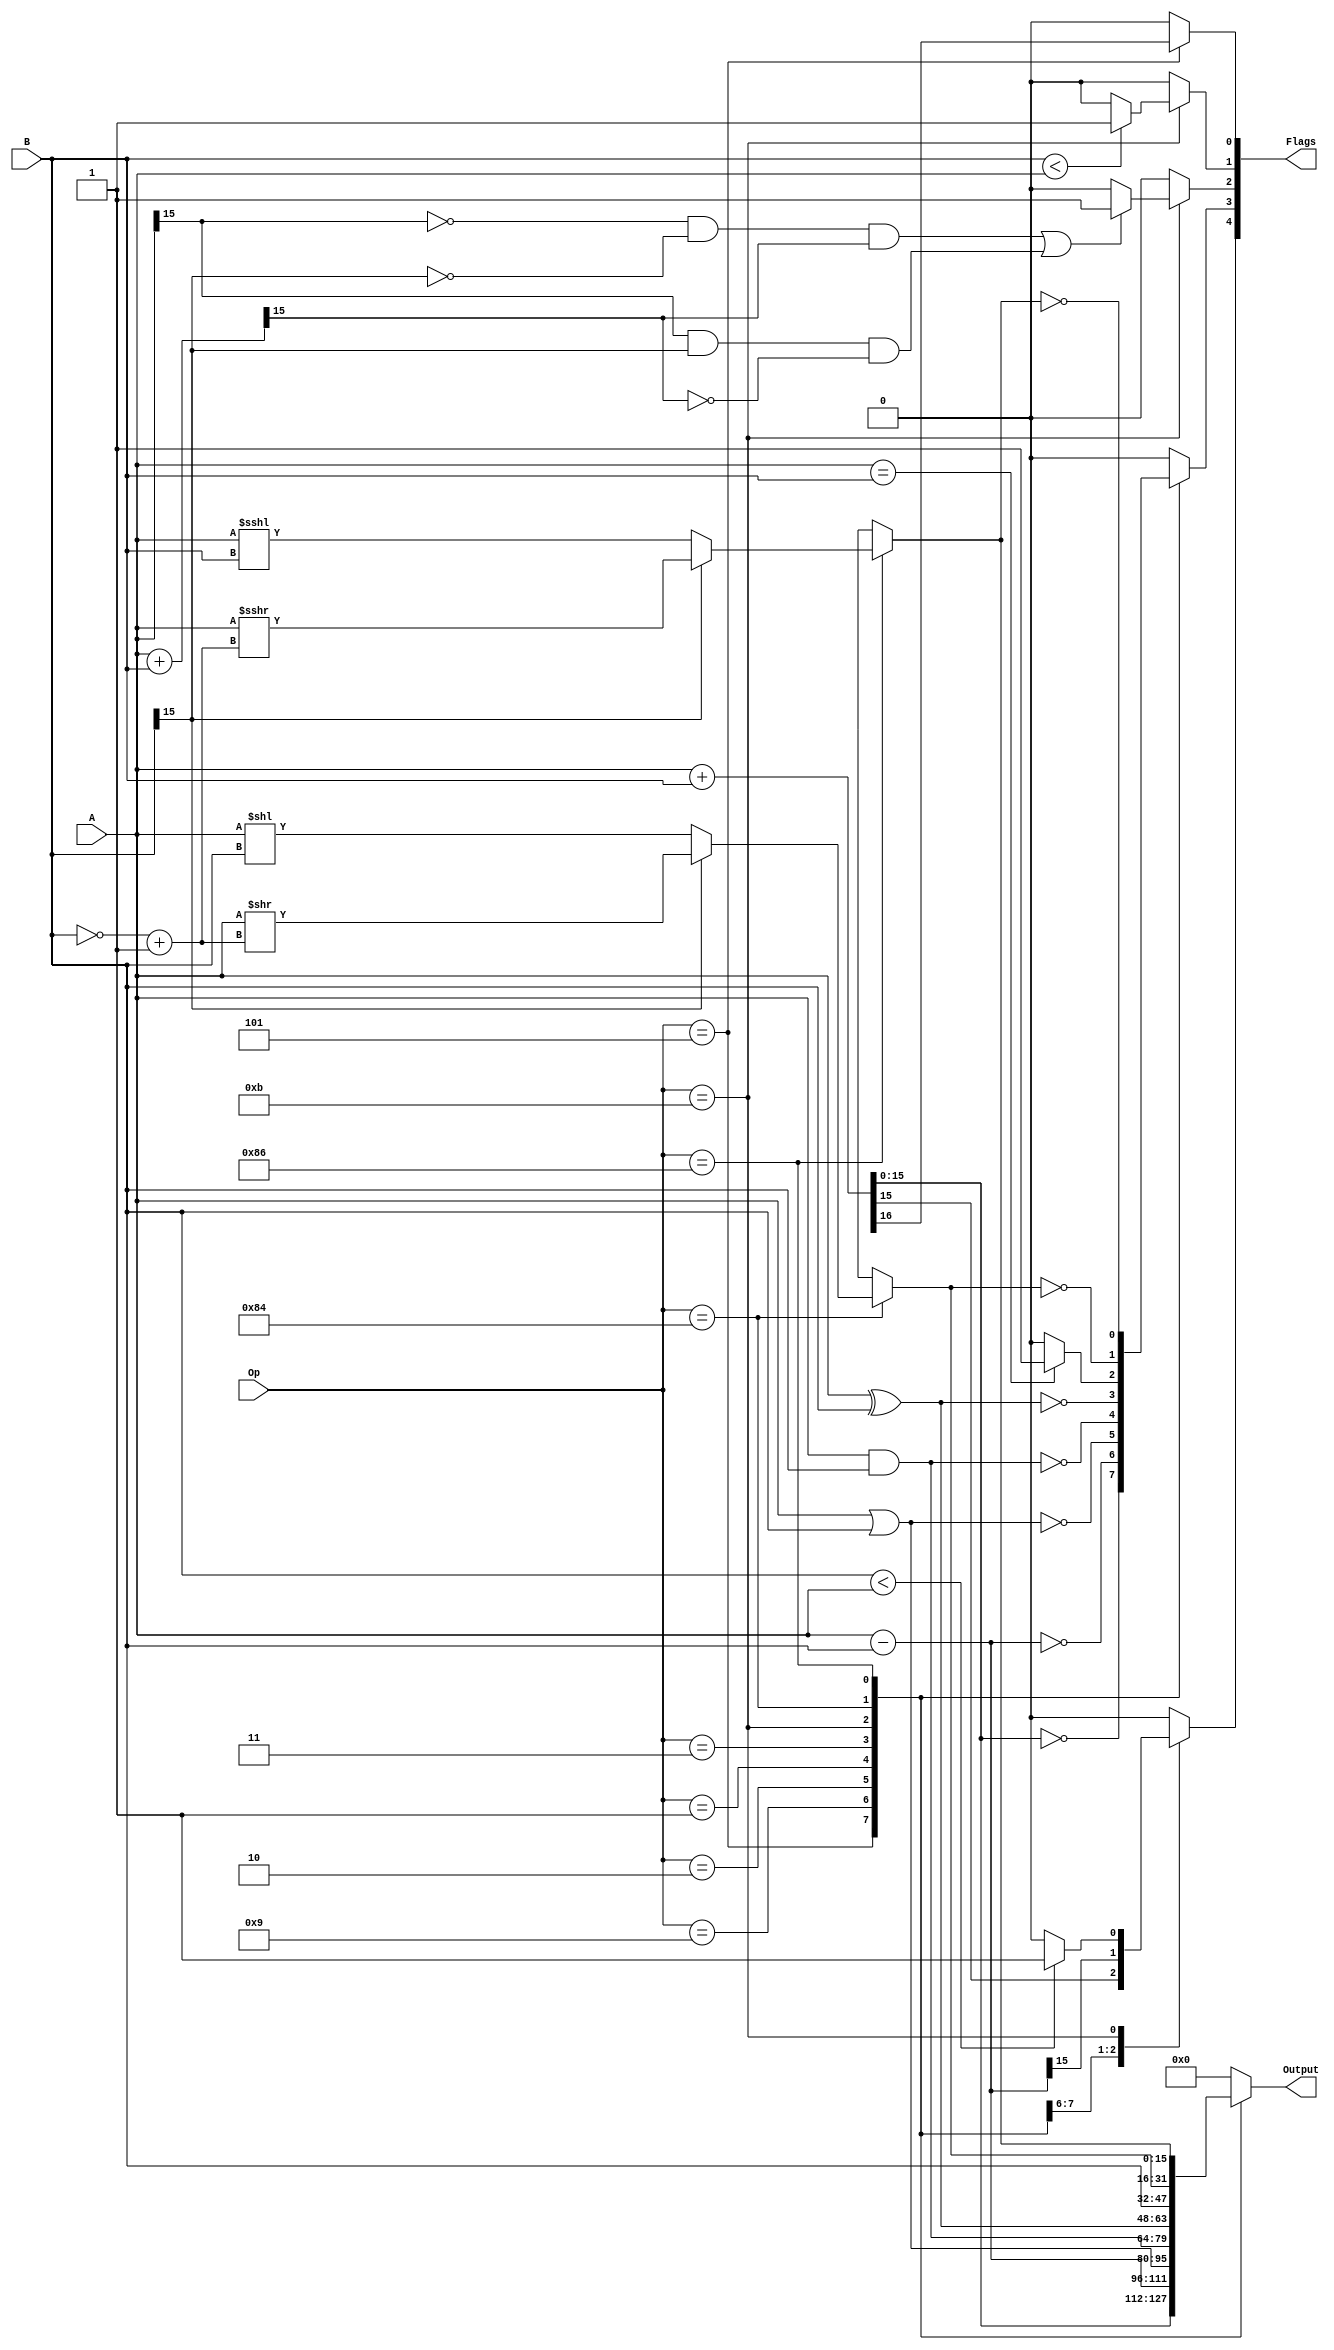
module ALU(A, B, Op, Flags, Output);

input [15:0] A,B; // ALU 16-Bit Inputs
input [7:0] Op;	// Op-code selection

// Flags[0] - Carry-bit
// Flags[1] - Low flag: 1 if Rdest operand < Rsrc as UNSIGNED numbers
// Flags[2] - Flag: F bit to signal arithmetic overflow
// Flags[3] - Z: Set by comparison operation (1 if two operands are equal, cleared otherwise)
// Flags[4] - N: Negative bit (1 if Rdest < Rsrc) as SIGNED numbers
output reg [4:0] Flags;

output reg [15:0] Output;
reg [15:0] cmp_store;

// Parameter Defintions:
parameter ADD = 	8'b00000101;
parameter SUB =   8'b00001001;
parameter OR = 	8'b00000010;
parameter CMP = 	8'b00001011;
parameter AND = 	8'b00000001;
parameter XOR = 	8'b00000011;
parameter MOV = 	8'b00001101;
parameter LSH = 	8'b10000100;
parameter ASHU = 	8'b10000110;

always @(A, B, Op)
	begin
		case(Op)
		//  Add and Subtract Case
		ADD: 
		begin		
			{Flags[0], Output} = A + B; //+ Flags[0]; // Flags[0] - Carry-bit, Can't add Flag[0] ASK SAM
			Flags[1] = 1'b0;
			Flags[2] = 1'b0;
			Flags[3] = Output == 0;
			Flags[4] = Output[15];
		end
		SUB:
		begin
			//Rdest = Rdest - Rsrc
			Output = A - B; //+ Flags[0]; // Flags[0] - Carry-bit, Can't add Flag[0] ASK SAM
			Flags[0] = 1'b0;
			Flags[1] = 1'b0;
			Flags[2] = 1'b0;
			Flags[3] = Output == 0;
			Flags[4] = Output[15];
		end
		OR: 
		begin
			Output = A | B;
			Flags[0] = 1'b0;
			Flags[1] = 1'b0;
			Flags[2] = 1'b0;
			Flags[3] = Output == 0;
			Flags[4] = 1'b0;
		end
		
		AND:
			begin
				Output = A & B;
				Flags[0] = 1'b0;
				Flags[1] = 1'b0;
				Flags[2] = 1'b0;
				Flags[3] = Output == 0;
				Flags[4] = 1'b0;
			end
			
		XOR:
			begin
				Output = A ^ B;
				Flags[0] = 1'b0;
				Flags[1] = 1'b0;
				Flags[2] = 1'b0;
				Flags[3] = Output == 0;
				Flags[4] = 1'b0;
			end
		CMP:
		begin
//			//Add for flag checks
			cmp_store = A + B;
			Output = B;
			
			Flags[0] = 1'b0;
			
			// Flags[1] - Low flag: 1 if Rdest operand < Rsrc as UNSIGNED numbers
			if(B < A)
				Flags[1] = 1;
			else
				Flags[1] = 0;//1'bx for don't care
				
			// Flags[2] - Flag: F bit to signal arithmetic overflow
			if((A[15] == 0 && B[15] == 0 && cmp_store[15] == 1) ||
				A[15] == 1 && B[15] == 1 && cmp_store[15] == 0) //arithmetic overflow
				Flags[2] = 1;
			else
				Flags[2] = 0;
				
			// Flags[3] - Z: Set by comparison operation (1 if two operands are equal, cleared otherwise)
			if(A == B)
				Flags[3] = 1;
			else
				Flags[3] = 0;
				
			// Flags[4] - N: Negative bit (1 if Rdest < Rsrc) as SIGNED numbers
			if($signed(B) < $signed(A))
				Flags[4] = 1;
			else
				Flags[4] = 0;
		end
		
		LSH:
			begin
				// negative case
				if(B[15] == 1)
					Output = A >> (~B + 1);
				else
					Output = A << B;
				
				
				Flags[0] = 1'b0;
				Flags[1] = 1'b0;
				Flags[2] = 1'b0;
				Flags[3] = Output == 0;
				Flags[4] = 1'b0;
			end
				
		ASHU:
			begin
				if(B[15] == 1)
					Output = $signed(A) >>> (~B + 1);
				else
					Output = $signed(A) <<< B;
				
				Flags[0] = 1'b0;
				Flags[1] = 1'b0;
				Flags[2] = 1'b0;
				Flags[3] = Output == 0;
				Flags[4] = 1'b0;
			end
//			
		default:
			begin
				Output = 16'b0;
				Flags[0] = 1'b0;
				Flags[1] = 1'b0;
				Flags[2] = 1'b0;
				Flags[3] = 1'b0;
				Flags[4] = 1'b0;
			end
		endcase
	end
endmodule